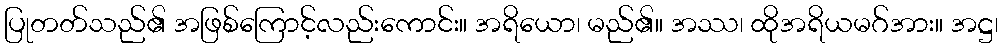
ပြုတတ်သည်၏ အဖြစ်ကြောင့်လည်းကောင်း။ အရိယော၊ မည်၏။ အဿ၊ ထိုအရိယမဂ်အား။ အဋ္ဌ၊